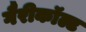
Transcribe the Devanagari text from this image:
गैरीकॉल्ट